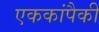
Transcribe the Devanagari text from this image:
एककांपैकी